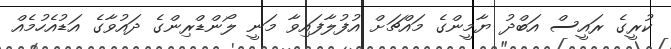
ކުރީގެ ރައީސް އަބްދު ޔާމީންގެ މައްޗަށް އުފުލާފައިވާ މަނީ ލޯންޑްރިންގެ ދައުވާގެ އަޑުއެހުމެއް